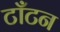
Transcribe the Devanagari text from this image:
टाँटन